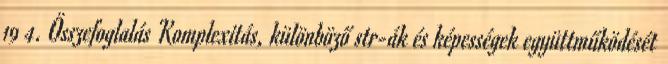
19 4. Összefoglalás Komplexitás, különböző str-ák és képességek együttműködését